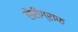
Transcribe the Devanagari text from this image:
सेरीग्राफ